Indian Medical Review
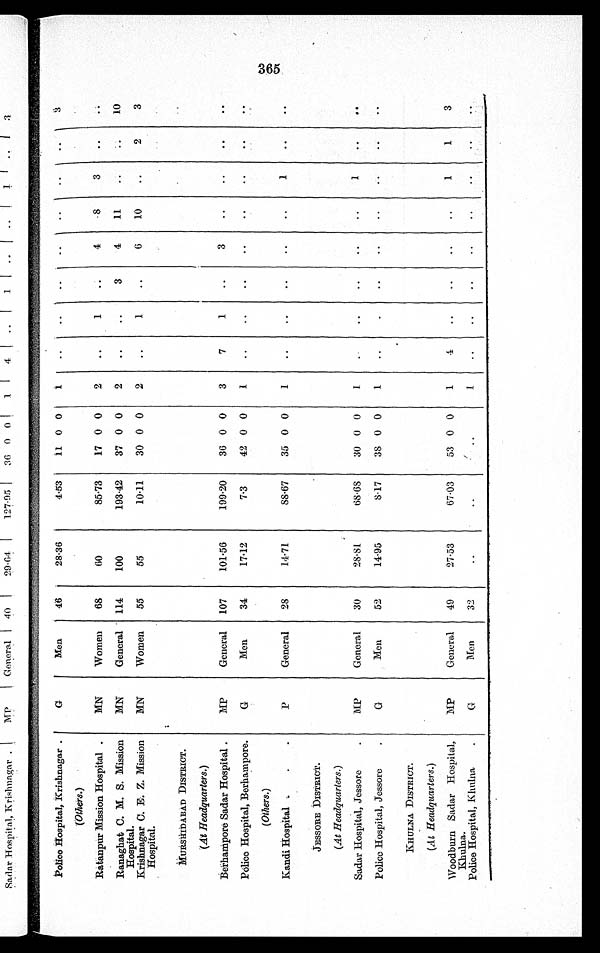
Police Hospital, Krishnagar
G
Men
46
28·36
4·53
11 0 0
1
..
..
..
..
..
..
..
3
(Others.)
Ratanpur Mission Hospital
MN
Women
68
60
85·73
17 0 0
2
..
1
..
4
8
3
..
. .
Ranaghat C. M. S. Mission
Hospital.
MN
General
114
100
193·42
37 0 0
2
..
..
3
4
11
. .
. .
10
Krishnagar C. E. Z. Mission
Hospital.
MN
Women
55
55
10·11
30 0 0
2
..
1
..
6
10
..
2
3
MURSHIDABAD DISTRICT.
(At Headquarters.)
Berhampore Sadar Hospital
MP
General
107
101·56
199·20
36 0 0
3
7
1
..
. .
. .
. .
. .
. .
Police Hospital, Berhampore.
G
Men
34
17·12
7·3
42 0 0
1
..
..
..
. .
. .
. .
. .
. .
(Others.)
Kandi Hospital
P
General
28
14·71
88·67
35 0 0
1
..
..
..
. .
. .
1
. .
. .
JESSORE DISTRICT.
(At Headquarters.)
Sadar Hospital, Jessor
MP
General
30
28·81
68·68
30 0 0
1
. .
..
..
..
..
1
..
..
Police Hospital, Jessore
G
Men
52
14·95
8·17
38 0 0
1
. .
.
..
..
..
..
..
..
KHULNA DISTRICT.
(At Headquarters.)
Woodburn Sadar Hospital,
Khulna.
MP
General
49
27·53
67·03
53 0 0
1
4
. .
. .
..
..
1
1
3
Police Hospital, Khulna
G
Men
32
..
..
..
1
. .
. .
. .
. .
. .
. .
. .
. .
3 6 5